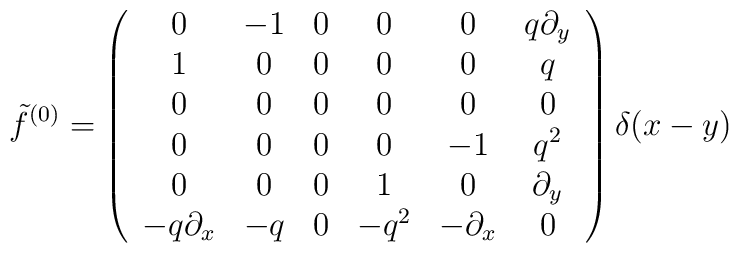
{\tilde f}^{(0)}= \left ( \begin{array}{cccccc}0 & -1 & 0 & 0 & 0 &  q\partial_y\\1 & 0 & 0 & 0 & 0 & q\\0 & 0 & 0 & 0 & 0 & 0\\0 & 0 & 0 & 0 & -1 & q^2 \\0 & 0 & 0 & 1 & 0 & \partial _y\\- q\partial_x & - q & 0 & - q^2 & - \partial_x & 0  \end{array} \right )\delta(x-y)